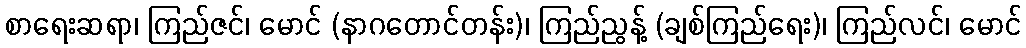
စာရေးဆရာ၊ ကြည်ဇင်၊ မောင် (နာဂတောင်တန်း)၊ ကြည်ညွန့် (ချစ်ကြည်ရေး)၊ ကြည်လင်၊ မောင်